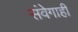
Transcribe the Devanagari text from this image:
संवेगाही